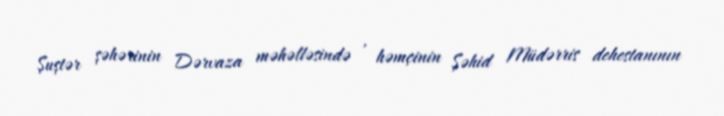
Şuştər şəhərinin Dərvaza məhəlləsində , həmçinin Şəhid Müdərris dehestanının